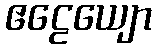
ဧဠေယျော